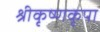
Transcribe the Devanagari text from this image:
श्रीकृष्णकृपा